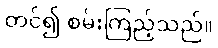
တင်၍ စမ်းကြည့်သည်။